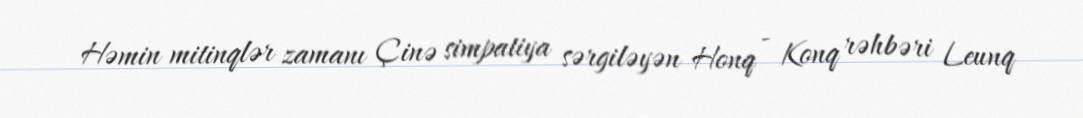
Həmin mitinqlər zamanı Çinə simpatiya sərgiləyən Honq - Konq rəhbəri Leunq